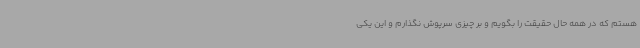
هستم که در همه حال حقیقت را بگویم و بر چیزی سرپوش نگذارم و این یکی